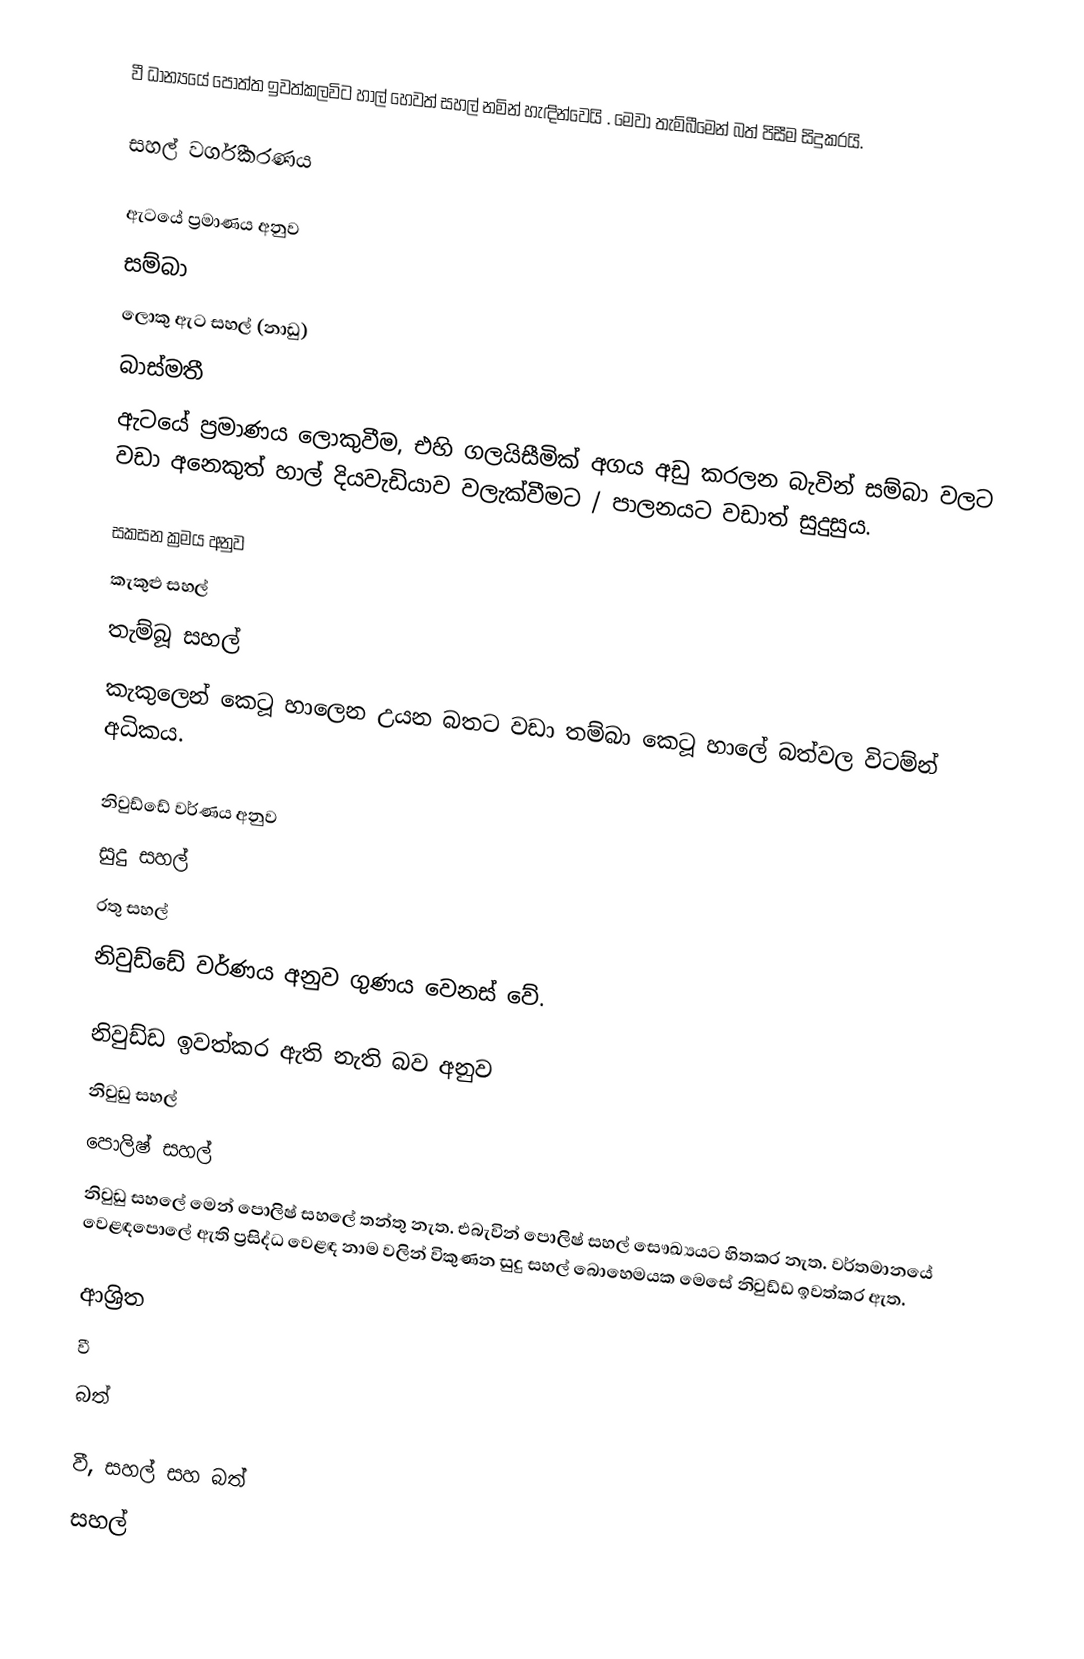
‍වී ධාන්‍යයේ පොත්ත ඉවත්කලවිට හාල් හෙවත් සහල් නමින් හැඳින්වෙයි . මෙවා තැම්බීමෙන් බත් පිසීම සිදුකරයි.

සහල් වර්ගීකරණය

ඇටයේ ප්‍රමාණය අනුව
 සම්බා
 ලොකු ඇට සහල් (නාඩු)
 බාස්මතී
ඇටයේ ප්‍රමාණය ලොකුවීම, එහි ගලයිසීමික් අගය අඩු කරලන බැවින් සම්බා වලට වඩා අනෙකුත් හාල් දියවැඩියාව වලැක්වීමට / පාලනයට වඩාත් සුදුසුය.

සකසන ක්‍රමය අනුව
 කැකුළු සහල්
 තැම්බූ සහල්
කැකුලෙන් කෙටූ හාලෙන උයන බතට වඩා තම්බා කෙටූ හාලේ බත්වල විටම්න් අධිකය.

නිවුඩ්ඩේ වර්ණය අනුව
 සුදු සහල්
 රතු සහල්
නිවුඩ්ඩේ වර්ණය අනුව ගුණය වෙනස් වේ.

නිවුඩ්ඩ ඉවත්කර ඇති නැති බව අනුව
නිවුඩු සහල්
පොලිෂ් සහල්
නිවුඩු සහලේ මෙන් පොලිෂ් සහලේ තන්තු නැත. එබැවින් පොලිෂ් සහල් සෞඛ්‍යයට හිතකර නැත. වර්තමානයේ වෙළඳපොලේ ඇති ප්‍රසිද්ධ වෙළඳ නාම වලින් විකුණන සුදු සහල් බොහෙමයක මෙසේ නිවුඩ්ඩ ඉවත්කර ඇත.

ආශ්‍රිත
 වී
 බත්

වී, සහල් සහ බත්
සහල්